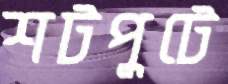
শটপুটে